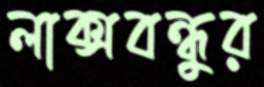
লাক্সবন্ধুর